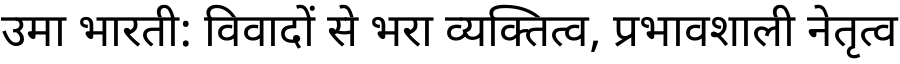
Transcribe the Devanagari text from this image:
उमा भारती: विवादों से भरा व्यक्तित्व, प्रभावशाली नेतृत्व